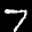
Label: 7